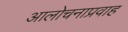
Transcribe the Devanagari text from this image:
आलोचनाप्रवाह